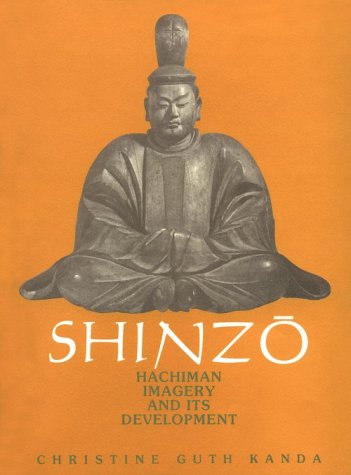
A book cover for Shinzo: Hachiman Imagery and its Development (Harvard East Asian Monographs); Christine Guth Kanda; Arts & Photography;